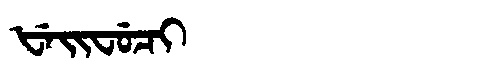
Manchu: ᡶᡝᡳᠸᡠᠴᡳ
Romanization: FEIFUCI